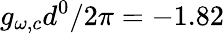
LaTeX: g_{\omega,c}d^{0}/2\pi=-1.82